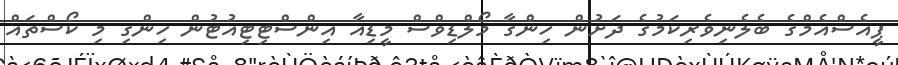
ޕީއެސްއެމްގެ ބެލެނިވެރިކަމުގެ ދަށުން ހިންގާ މޯލްޑިވްސް މީޑިއާ އިންސްޓިޓިއުޓުން ހިންގި މި ކޯސްތައް